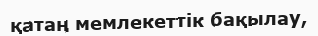
қатаң мемлекеттік бақылау,